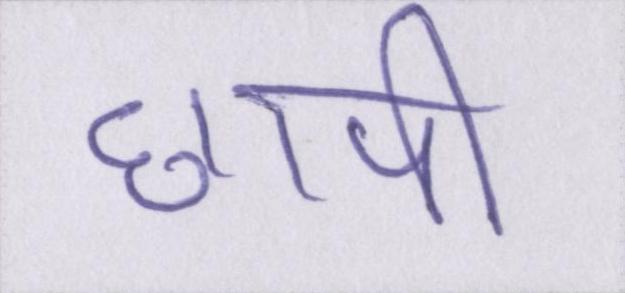
छापी